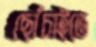
ছোঁচাইতে